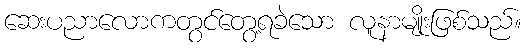
ဆေးပညာလောကတွင်တွေ့ရခဲသော လူနာမျိုးဖြစ်သည်။